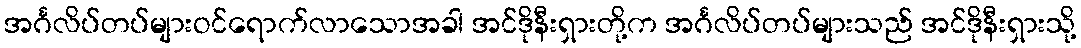
အင်္ဂလိပ်တပ်များဝင်ရောက်လာသောအခါ အင်ဒိုနီးရှားတို့က အင်္ဂလိပ်တပ်များသည် အင်ဒိုနီးရှားသို့